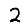
Digit: 2